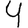
Digit: 4